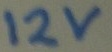
Text: 12V